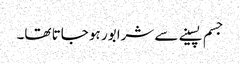
جسم پسینے سے شرابور ہو جاتا تھا۔